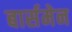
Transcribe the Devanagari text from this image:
बार्समेन